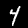
Label: 4